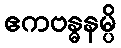
ဧကဗန္ဓနမ္ပိ